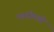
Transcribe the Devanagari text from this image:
नववीमध्ये